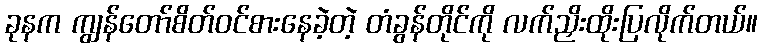
ခုနက ကျွန်တော်စိတ်ဝင်စားနေခဲ့တဲ့ တံခွန်တိုင်ကို လက်ညှိးထိုးပြလိုက်တယ်။